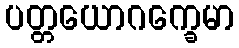
ပတ္တယောဂက္ခေမာ